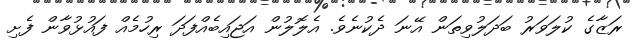
ރަޒާގެ ކުލަވަރު ބަދަލުވިތަން އޭނަ ދެކުނެވެ. އެލޮލުން އަޖައިބެއްފަދަ ރިހުމެއް ފައުޅުވާން ފެށި